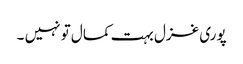
پوری غزل بہت کمال تو نہیں ۔